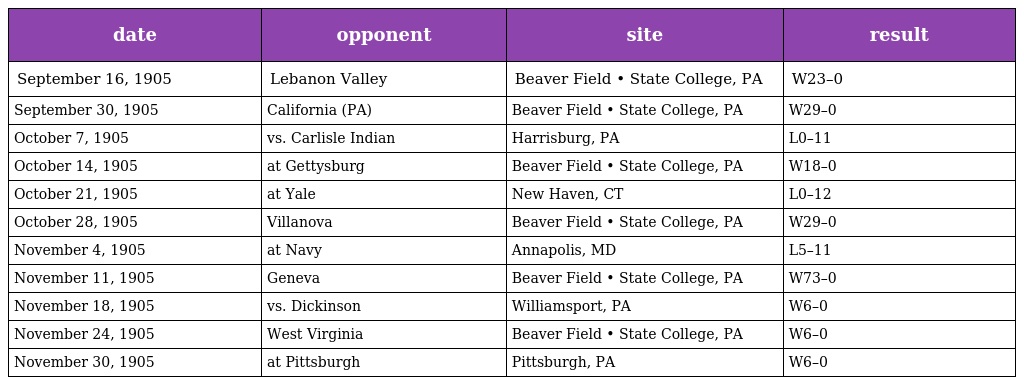
| date | opponent | site | result |
 | --- | --- | --- | --- |
 | September 16, 1905 | Lebanon Valley | Beaver Field • State College, PA | W23–0 |
 | September 30, 1905 | California (PA) | Beaver Field • State College, PA | W29–0 |
 | October 7, 1905 | vs. Carlisle Indian | Harrisburg, PA | L0–11 |
 | October 14, 1905 | at Gettysburg | Beaver Field • State College, PA | W18–0 |
 | October 21, 1905 | at Yale | New Haven, CT | L0–12 |
 | October 28, 1905 | Villanova | Beaver Field • State College, PA | W29–0 |
 | November 4, 1905 | at Navy | Annapolis, MD | L5–11 |
 | November 11, 1905 | Geneva | Beaver Field • State College, PA | W73–0 |
 | November 18, 1905 | vs. Dickinson | Williamsport, PA | W6–0 |
 | November 24, 1905 | West Virginia | Beaver Field • State College, PA | W6–0 |
 | November 30, 1905 | at Pittsburgh | Pittsburgh, PA | W6–0 |